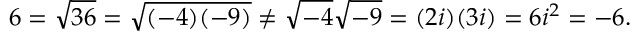
6 = { \sqrt { 3 6 } } = { \sqrt { ( - 4 ) ( - 9 ) } } \neq { \sqrt { - 4 } } { \sqrt { - 9 } } = ( 2 i ) ( 3 i ) = 6 i ^ { 2 } = - 6 .